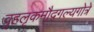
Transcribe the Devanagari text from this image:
वृहलृकमौद्गल्यगोत्रे